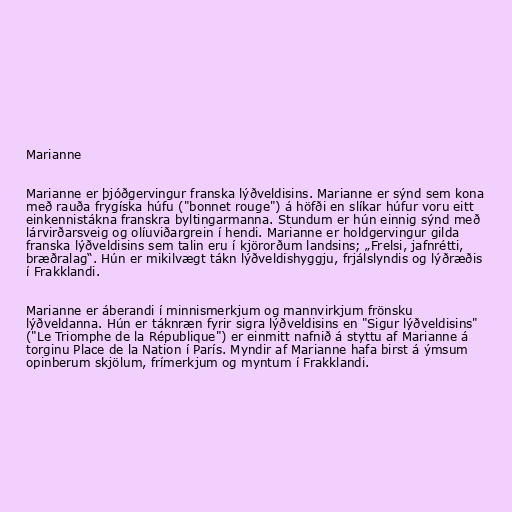
Marianne

Marianne er þjóðgervingur franska lýðveldisins. Marianne er sýnd sem kona
með rauða frygíska húfu ("bonnet rouge") á höfði en slíkar húfur voru eitt
einkennistákna franskra byltingarmanna. Stundum er hún einnig sýnd með
lárvirðarsveig og olíuviðargrein í hendi. Marianne er holdgervingur gilda
franska lýðveldisins sem talin eru í kjörorðum landsins; „Frelsi, jafnrétti,
bræðralag“. Hún er mikilvægt tákn lýðveldishyggju, frjálslyndis og lýðræðis
í Frakklandi.

Marianne er áberandi í minnismerkjum og mannvirkjum frönsku
lýðveldanna. Hún er táknræn fyrir sigra lýðveldisins en "Sigur lýðveldisins"
("Le Triomphe de la République") er einmitt nafnið á styttu af Marianne á
torginu Place de la Nation í París. Myndir af Marianne hafa birst á ýmsum
opinberum skjölum, frímerkjum og myntum í Frakklandi.